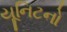
યૂનિટનો